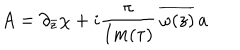
A = \partial _ { \bar { z } } \chi + i { \frac { \pi } { I m ( \tau ) } } \, \overline { { { \omega ( z ) } } } \, a